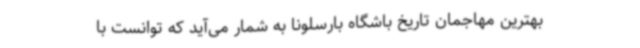
بهترین مهاجمان تاریخ باشگاه بارسلونا به شمار می‌آید که توانست با